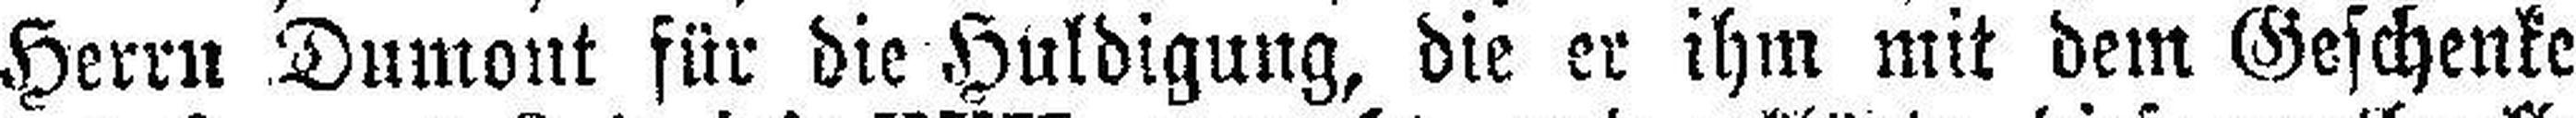
Herrn Dumout für die Huldigung, die er ihm mit dem Geschenke